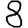
Digit: 8